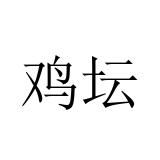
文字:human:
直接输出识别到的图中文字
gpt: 鸡坛